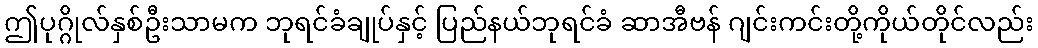
ဤပုဂ္ဂိုလ်နှစ်ဦးသာမက ဘုရင်ခံချုပ်နှင့် ပြည်နယ်ဘုရင်ခံ ဆာအီဗန် ဂျင်းကင်းတို့ကိုယ်တိုင်လည်း